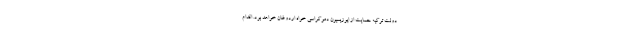
دولت ترکیه حمایت از اپوزیسیون دموکراسی خواه اردوغان خواهد بود. اقدام